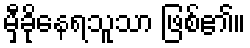
မှီခိုနေရသူသာ ဖြစ်၏။